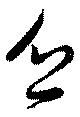
乏